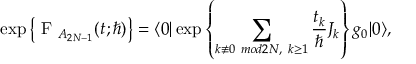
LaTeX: \exp \left\{ \mathrm { ~ \cal { F } ~ } _ { A _ { 2 N - 1 } } ( t ; \hbar ) \right\} = \langle 0 | \exp \left\{ \sum _ { k \not \equiv 0 ~ m o d 2 N , ~ k \geq 1 } \frac { t _ { k } } { \hbar } J _ { k } \right\} g _ { 0 } | 0 \rangle ,